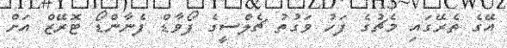
އޭގެ ތެރޭގައި މެޗުގެ ފަހު ވަގުތު ޗެލްސީގެ ފޯވާޑް ފެނާންޑޯ ޓޮރޭޒް އަށް